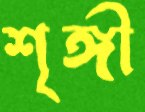
শৃঙ্গী